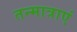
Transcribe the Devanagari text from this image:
तन्मात्राएं